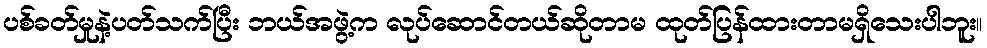
ပစ်ခတ်မှုနဲ့ပတ်သက်ပြီး ဘယ်အဖွဲ့က လုပ်ဆောင်တယ်ဆိုတာမ ထုတ်ပြန်ထားတာမရှိသေးပါဘူး။